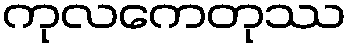
ကုလကေတုဿ